Report on vaccination proceedings throughout the Government of Bengal -
Year: 1868
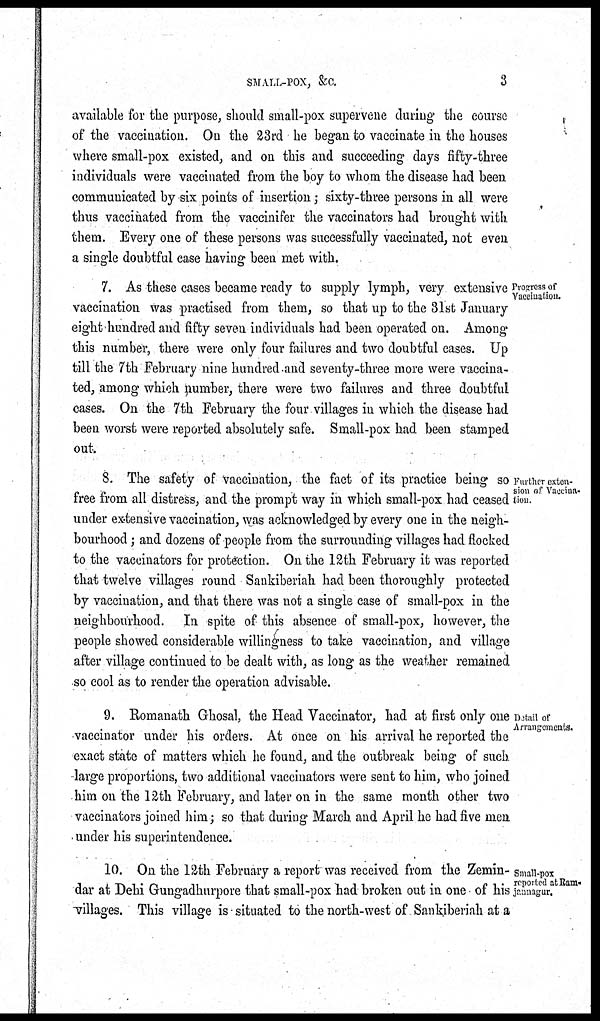
SMALL-POX, &C.
3
available for the purpose, should small-pox supervene during the course
of the vaccination. On the 23rd he began to vaccinate in the houses
where small-pox existed, and on this and succeeding days fifty-three
individuals were vaccinated from the boy to whom the disease had been
communicated by six points of insertion; sixty-three persons in all were
thus vaccinated from the vaccinifer the vaccinators had brought with
them. Every one of these persons was successfully vaccinated, not even
a single doubtful case having been met with.
Progress of
Vaccination.
7. As these cases became ready to supply lymph, very extensive
vaccination was practised from them, so that up to the 31st January
eight hundred and fifty seven individuals had been operated on. Among
this number, there were only four failures and two doubtful cases. Up
till the 7th February nine hundred and seventy-three more were vaccina-
ted, among which number, there were two failures and three doubtful
cases. On the 7th February the four villages in which the disease had
been worst were reported absolutely safe. Small-pox had been stamped
out.
Further exten-
sion of Vaccina-
tion.
8. The safety of vaccination, the fact of its practice being so
free from all distress, and the prompt way in which small-pox had ceased
under extensive vaccination, was acknowledged by every one in the neigh-
bourhood ; and dozens of people from the surrounding villages had flocked
to the vaccinators for protection. On the 12th February it was reported
that twelve villages round Sankiberiah had been thoroughly protected
by vaccination, and that there was not a single case of small-pox in the
neighbourhood. In spite of this absence of small-pox, however, the
people showed considerable willingness to take vaccination, and village
after village continued to be dealt with, as long as the weather remained
so cool as to render the operation advisable.
Detail of
Arrangements.
9. Romanath Ghosal, the Head Vaccinator, had at first only one
vaccinator under his orders. At once on his arrival he reported the
exact state of matters which he found, and the outbreak being of such
large proportions, two additional vaccinators were sent to him, who joined
him on the 12th February, and later on in the same month other two
vaccinators joined him; so that during March and April he had five men
under his superintendence.
Small-pox
reported at Ram-
jannagur.
10. On the 12th February a report was received from the Zemin-
dar at Dehi Gungadhurpore that small-pox had broken out in one of his
villages. This village is situated to the north-west of Sankiberiah at a